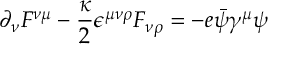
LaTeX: \partial _ { \nu } { \cal F } ^ { \nu \mu } - \frac { \kappa } { 2 } \epsilon ^ { \mu \nu \rho } { \cal F } _ { \nu \rho } = - e \bar { \psi } \gamma ^ { \mu } \psi